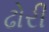
ઢોરી